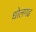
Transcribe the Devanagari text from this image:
धोलगढ